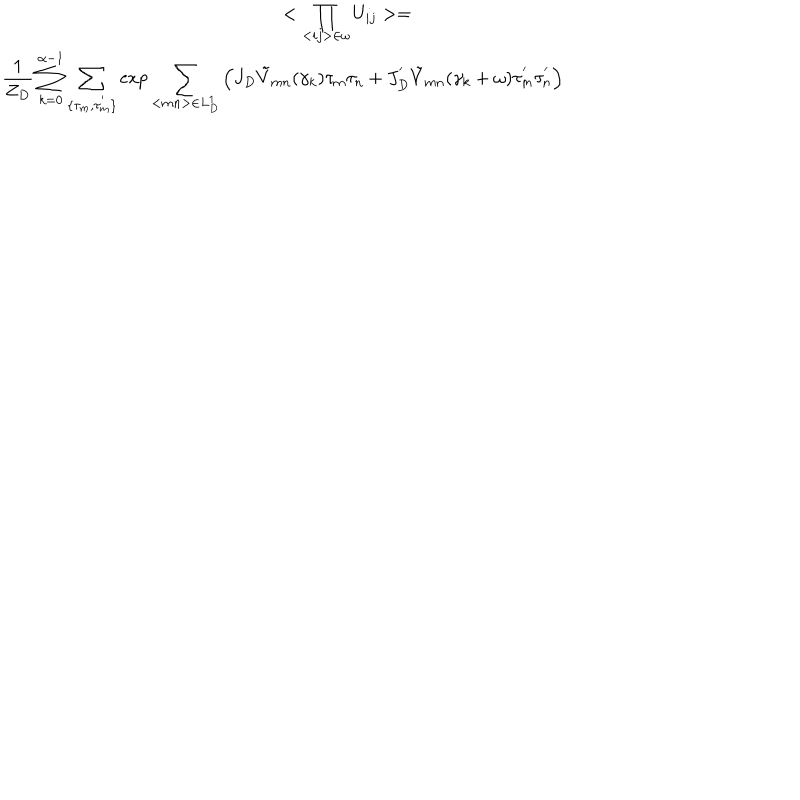
\begin{array} { c } { { { \displaystyle < \prod _ { < i j > \in \omega } U _ { i j } > = \hspace { 6 c m } } } } \\ { { { \displaystyle \frac { 1 } { Z _ { D } } \sum _ { k = 0 } ^ { \alpha - 1 } \sum _ { \{ \tau _ { m } , \tau _ { m } ^ { ' } \} } \exp \sum _ { < m n > \in L _ { D } ^ { 1 } } \left( J _ { D } { \tilde { V } } _ { m n } ( \gamma _ { k } ) \tau _ { m } \tau _ { n } + J _ { D } ^ { ' } { \tilde { V } } _ { m n } ( \gamma _ { k } + \omega ) \tau _ { m } ^ { ' } \tau _ { n } ^ { ' } \right) } } } \\ \end{array}